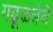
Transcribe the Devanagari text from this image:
गढूळलेले